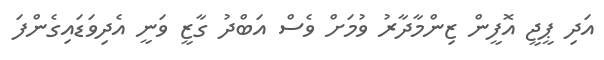
އަދި ޕީޖީ އޮފީން ޒިންމާދާރު ވުމަށް ވެސް އަބްދު ގާޒީ ވަނީ އެދިވަޑައިގެންފަ